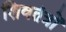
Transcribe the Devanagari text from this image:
शिवतंत्रों